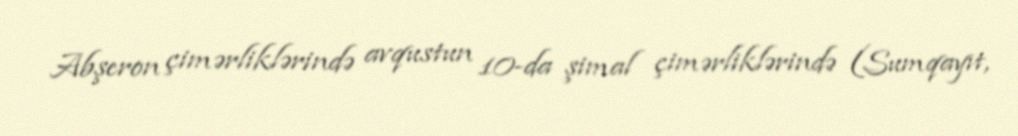
Abşeron çimərliklərində avqustun 10-da şimal çimərliklərində (Sumqayıt,